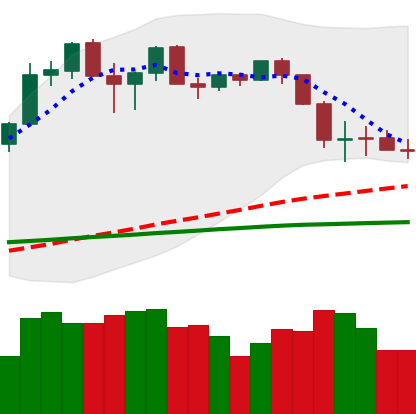
Ticker: ETH-USD
Chart end date: 2020-03-01
Forward return: 11.214%
Label: up_7plus